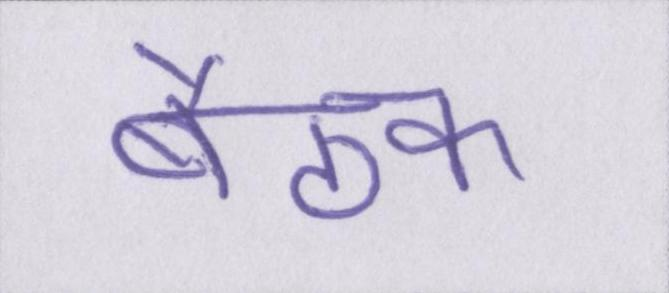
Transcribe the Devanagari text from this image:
बैठक